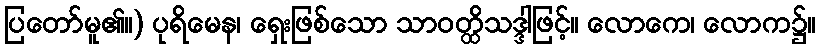
ပြတော်မူ၏။) ပုရိမေန၊ ရှေးဖြစ်သော သာဝတ္ထိသဒ္ဒါဖြင့်။ လောကေ၊ လောက၌။